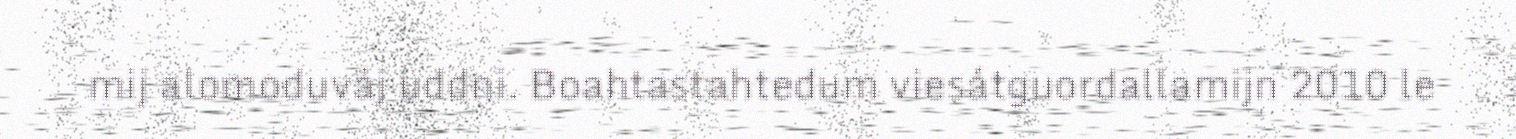
mij alomoduváj uddni. Boahtastahtedum viesátguordallamijn 2010 le